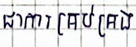
ជាការគ្រប់គ្រង